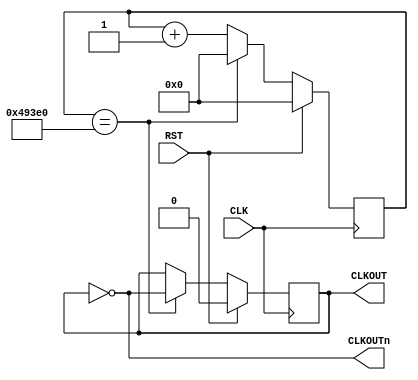
module ClkDiv_20Hz(
    CLK,										
    RST,										
    CLKOUT,									
    CLKOUTn
    );
	input CLK;
	input RST;
	output CLKOUT;
	output CLKOUTn;
	reg CLKOUT = 1'b1;
	parameter cntEndVal = 19'h493E0;
	reg [18:0] clkCount = 19'h00000;
    assign CLKOUTn = ~CLKOUT;
	always @(posedge CLK) begin
			if(RST == 1'b1) begin
					CLKOUT <= 1'b0;
					clkCount <= 0;
			end
			else begin
					if(clkCount == cntEndVal) begin
							CLKOUT <= ~CLKOUT;
							clkCount <= 0;
					end
					else begin
							clkCount <= clkCount + 1'b1;
					end
			end
	end
endmodule